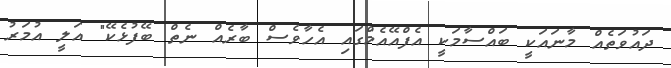
ދައުވަތެއް މާނައަކީ ބައްސާމަކީ އެފްއޭއެމްގައި އެހާވެސް ބާރެއް ނެތް ބޭފުޅެކޭ" އަލީ އުމަރު